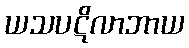
ယသပဋိလာဘာယ